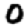
Digit: 0